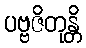
ပဗ္ဗဇိတုန္တိ